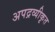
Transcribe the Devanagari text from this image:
अपद्रव्यीकृत